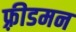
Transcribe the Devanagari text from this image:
फ़्रीडमन